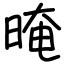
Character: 晻